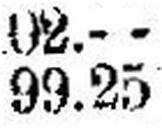
99.25